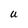
Character: U